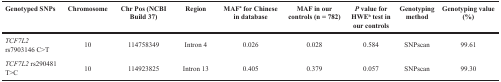
<table><thead><tr><td><b>Genotyped SNPs</b></td><td><b>Chromosome</b></td><td><b>Chr Pos (NCBI Build 37)</b></td><td><b>Region</b></td><td><b>MAF<sup>a</sup> for Chinese in database</b></td><td><b>MAF in our controls (n = 782)</b></td><td><b><i>P</i> value for HWE<sup>b</sup> test in our controls</b></td><td><b>Genotyping method</b></td><td><b>Genotyping value (%)</b></td></tr></thead><tbody><tr><td><i>TCF7L2</i> rs7903146 C&gt;T</td><td>10</td><td>114758349</td><td>Intron 4</td><td>0.026</td><td>0.028</td><td>0.584</td><td>SNPscan</td><td>99.61</td></tr><tr><td><i>TCF7L2</i> rs290481 T&gt;C</td><td>10</td><td>114923825</td><td>Intron 13</td><td>0.405</td><td>0.379</td><td>0.057</td><td>SNPscan</td><td>99.30</td></tr></tbody></table>